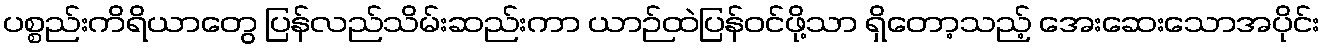
ပစ္စည်းကိရိယာတွေ ပြန်လည်သိမ်းဆည်းကာ ယာဉ်ထဲပြန်ဝင်ဖို့သာ ရှိတော့သည့် အေးဆေးသောအပိုင်း